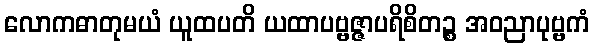
လောကဓာတုမယံ ယူထပတိ ယထာပဗ္ဗဇ္ဇာပရိစိတဉ္စ အဝညာပုဗ္ဗကံ